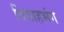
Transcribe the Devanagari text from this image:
विवाहभंग